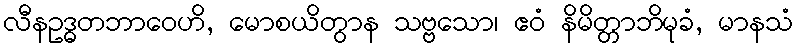
လီနဥဒ္ဓတဘာဝေဟိ, မောစယိတွာန သဗ္ဗသော၊ ဧဝံ နိမိတ္တာဘိမုခံ, မာနသံ